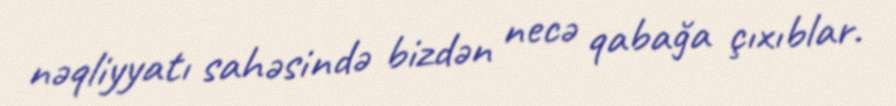
nəqliyyatı sahəsində bizdən necə qabağa çıxıblar.